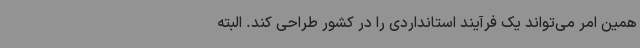
همین امر می‌تواند یک فرآیند استانداردی را در کشور طراحی کند. البته